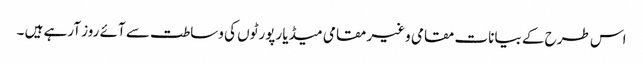
اس طرح کے بیانات مقامی وغیر مقامی میڈیا رپورٹوں کی وساطت سے آئے روز آرہے ہیں ۔